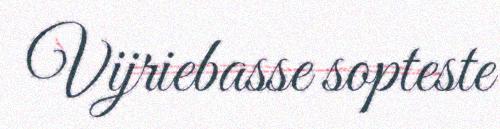
Vijriebasse sopteste